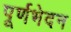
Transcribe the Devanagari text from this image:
पूर्णभेदन